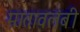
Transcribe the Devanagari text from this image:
मातावलंबी